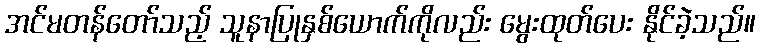
အင်မတန်တော်သည့် သူနာပြုနှစ်ယောက်ကိုလည်း မွေးထုတ်ပေး နိုင်ခဲ့သည်။